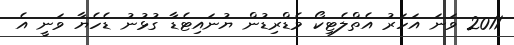
2011 ވަނަ އަހަރު އެތްލެޓިކޯ މެޑްރިޑުން ޔުނައިޓެޑާ ގުޅުނު ޑެހެޔާ ވަނީ އެ